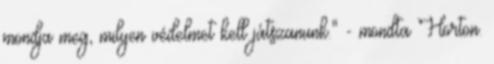
mondja meg, milyen védelmet kell játszanunk." - mondta Horton.